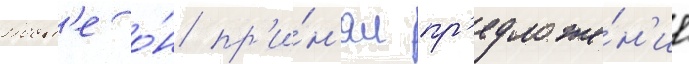
Посл'е о́н пр'и́н'ял пр'едложе́н'ие